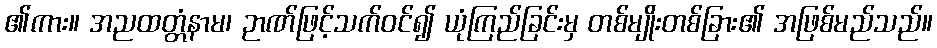
၏ကား။ အညထတ္တံနာမ၊ ဉာဏ်ဖြင့်သက်ဝင်၍ ယုံကြည်ခြင်းမှ တစ်မျိုးတစ်ခြား၏ အဖြစ်မည်သည်။